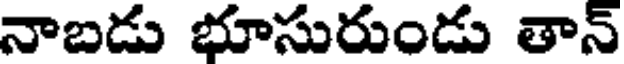
నాబడు భూసురుండు తాన్